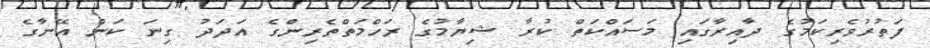
ފަތުރުވެރިކަމުގެ ދާއިރާގައި މަސައްކަތް ކުރާ ޝިޔާމުގެ ރަހްމަތްތެރިންގެ އަދަދު ގިނަ ކަން އޭނާގެ